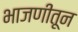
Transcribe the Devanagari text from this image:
भाजणीतून